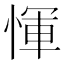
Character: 惲